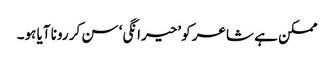
ممکن ہے شاعر کو ’حیرانگی‘ سن کر رونا آیا ہو۔